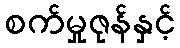
စက်မှုဇုန်နှင့်